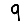
Digit: 9